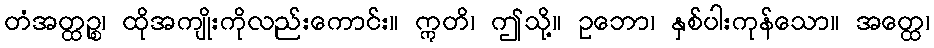
တံအတ္ထဉ္စ၊ ထိုအကျိုးကိုလည်းကောင်း။ ဣတိ၊ ဤသို့။ ဥဘော၊ နှစ်ပါးကုန်သော။ အတ္ထေ၊